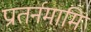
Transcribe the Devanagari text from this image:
प्रातर्नमामि